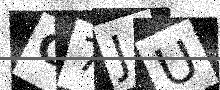
Text: G7JU